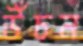
উঁচন